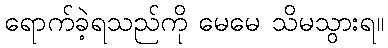
ရောက်ခဲ့ရသည်ကို မေမေ သိမသွားရ။